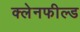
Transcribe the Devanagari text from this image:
क्लेनफील्ड